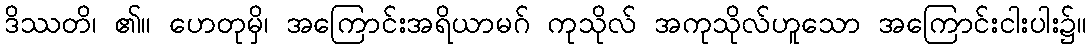
ဒိဿတိ၊ ၏။ ဟေတုမှိ၊ အကြောင်းအရိယာမဂ် ကုသိုလ် အကုသိုလ်ဟူသော အကြောင်းငါးပါး၌။